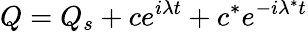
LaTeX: Q=Q_{s}+ce^{i\lambda t}+c^{*}e^{-i\lambda^{*}t}